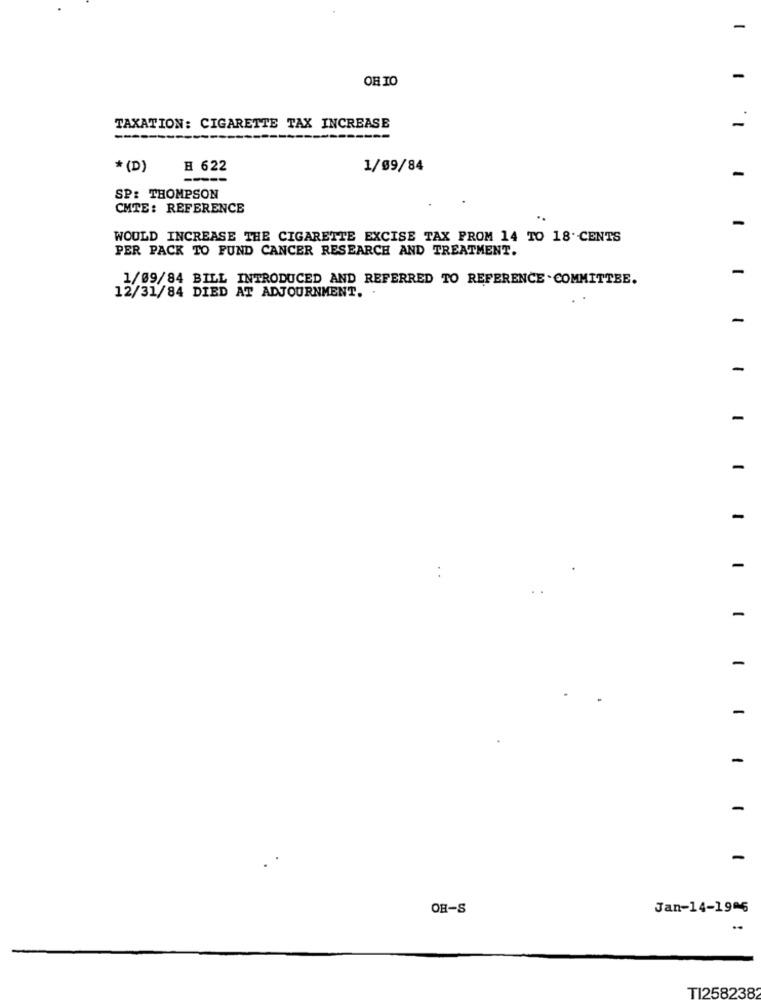
OHIO
TAXATION: CIGARETTE TAX INCREASE
---------
* (D)
H 622
1/09/84
-----
SP: THOMPSON
CMTE: REFERENCE
..
WOULD INCREASE THE CIGARETTE EXCISE TAX PROM 14 TO 18 CENTS
PER PACK TO FUND CANCER RESEARCH AND TREATMENT.
-
1/09/84 BILL INTRODUCED AND REFERRED TO REFERENCE .COMMITTEE.
12/31/84 DIED AT ADJOURNMENT.
-
-
-
-
-
-
-
-
OR-S
Jan-14-1906
TI258238